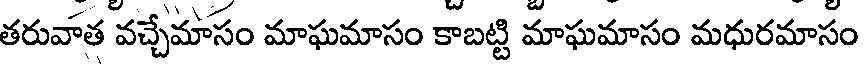
తరువాత వచ్చేమాసం మాఘమాసం కాబట్టి మాఘమాసం మధురమాసం